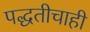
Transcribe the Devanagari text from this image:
पद्धतीचाही